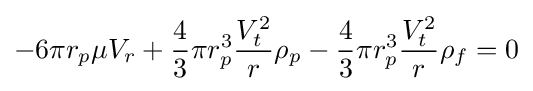
-6\pi r_{p}\mu V_{r}+{\frac {4}{3}}\pi r_{p}^{3}{\frac {V_{t}^{2}}{r}}\rho _{p}-{\frac {4}{3}}\pi r_{p}^{3}{\frac {V_{t}^{2}}{r}}\rho _{f}=0